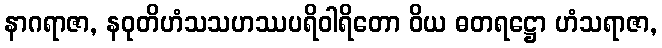
နာဂရာဇာ, နဝုတိဟံသသဟဿပရိဝါရိတော ဝိယ ဓတရဋ္ဌော ဟံသရာဇာ,